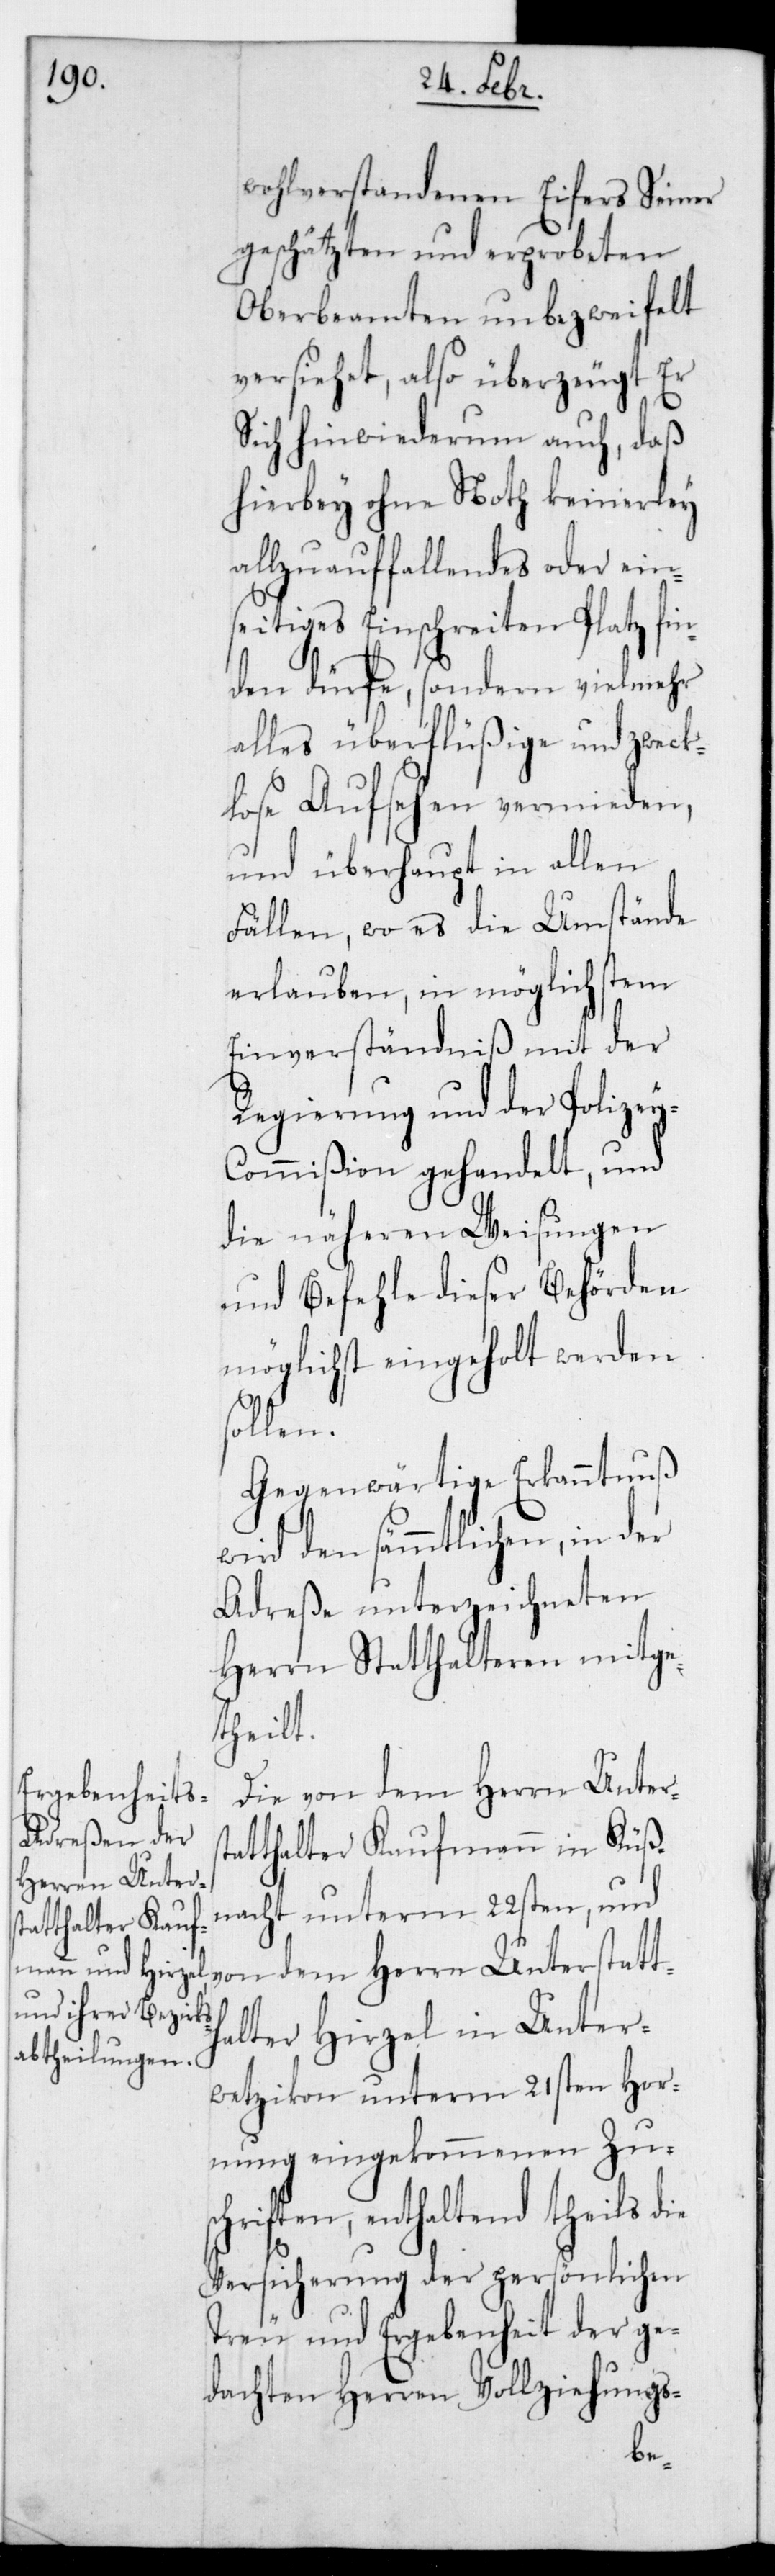
wohlverstandenen Eifers Seiner
geschätzten und erprobeten
Oberbeamten unbezweifelt
versiehet, also überzeugt er
sich hinwiederum auch, daß
hierbey ohne Not keinerlei
allzu auffallendes oder ein¬
seitiges Einschreiten Platz fi¬
nden dürfe, sondern vielmehr
alles überflüßige und zweck¬
lose Aufsehen vermieden,
und überhaupt in allen
Fällen, wo es die Umstände
erlauben, in möglichstem
Einverständniß mit der
Regierung und der Polize¬
y-Commißion gehandelt, und
die näheren Weisungen
und Befehle dieser Behörden
möglichst eingeholt werden
sollen.
Gegenwärtige Erkanntnuß
wird den sämmtlichen, in der
Adreße unterzeichneten
Herrn Statthalteren mitge¬
theilt.
Die von dem Herrn Unter¬
atthalter Kaufmann in Küs¬
nacht unterm 22sten, u¬
nd von dem Herrn Unterstatt¬
halter Hirzel in Unter¬
wetzikon unterm 21sten Hor¬
nung eingekommenen Zus¬
chriften, enthaltend theils die
Versicherung der persönlichen
Treu und Ergebenheit der ge¬
dachten Herren Vollziehungs-
st¬